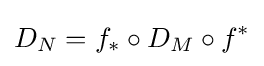
D_{N}=f_{*}\circ D_{M}\circ f^{*}